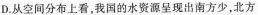
D.从空间分布上看，我国的水资源呈现出南方少，北方